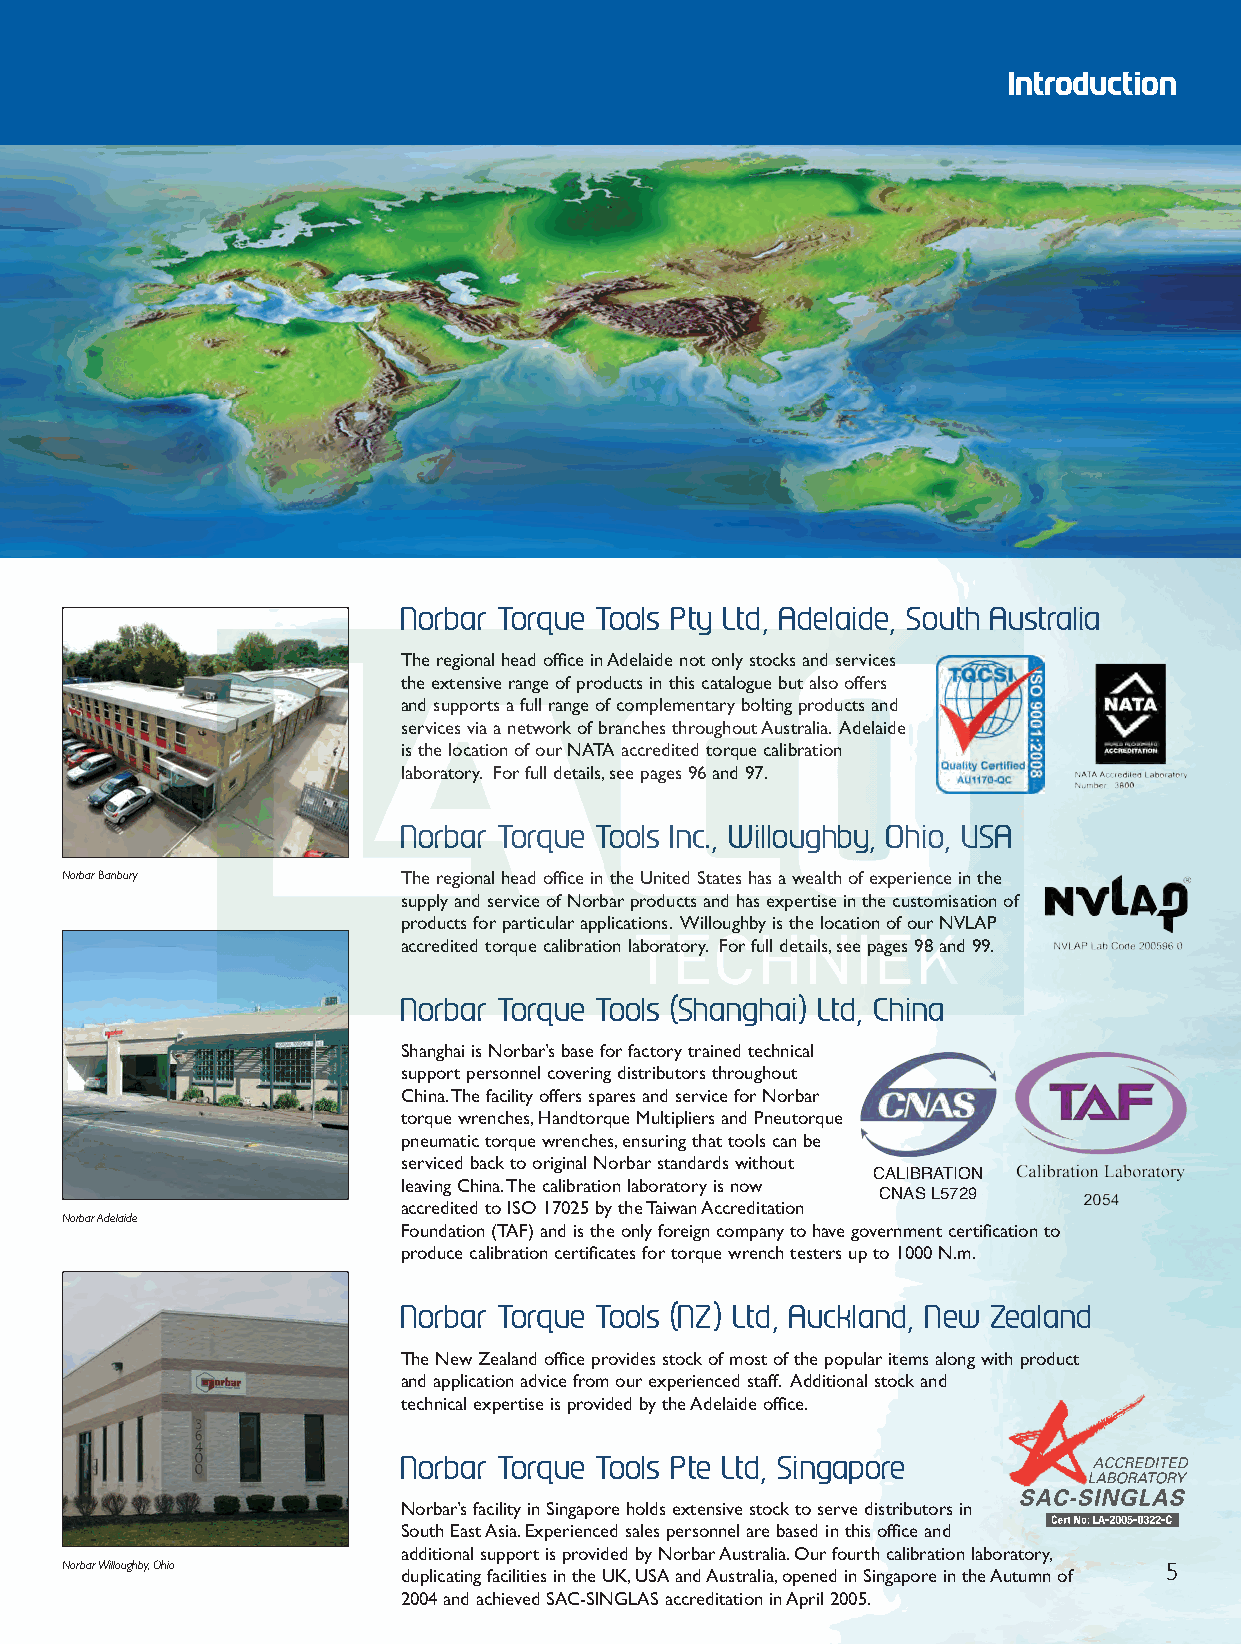
Front 2012 Q6.qxd 26/10/12 8:57 am Page 5
 Introduction
 Norbar Torque Tools Pty Ltd, Adelaide, South Australia
 The regional head office in Adelaide not only stocks and services
 the extensive range of products in this catalogue but also offers
 and supports a full range of complementary bolting products and
 services via a network of branches throughout Australia. Adelaide
 is the location of our NATA accredited torque calibration
 laboratory. For full details,see pages 96 and 97.
 Norbar Torque Tools Inc., Willoughby, Ohio, USA
 Norbar Banbury        The regional head office in the United States has a wealth of experience in the
 supply and service of Norbar products and has expertise in the customisation of
 products for particular applications. Willoughby is the location of our NVLAP
 accredited torque calibration laboratory. For full details,see pages 98 and 99.
 Norbar Torque Tools (Shanghai) Ltd, China
 Shanghai is Norbar’s base for factory trained technical
 support personnel covering distributors throughout
 China.The facility offers spares and service for Norbar
 torque wrenches,Handtorque Multipliers and Pneutorque
 pneumatic torque wrenches,ensuring that tools can be
 serviced back to original Norbar standards without
 CALIBRATION
 leaving China.The calibration laboratory is now
 CNAS L5729
 accredited to ISO 17025 by the Taiwan Accreditation
 Norbar Adelaide
 Foundation (TAF) and is the only foreign company to have government certification to
 produce calibration certificates for torque wrench testers up to 1000 N.m.
 Norbar Torque Tools (NZ) Ltd, Auckland, New Zealand
 The New Zealand office provides stock of most of the popular items along with product
 and application advice from our experienced staff. Additional stock and
 technical expertise is provided by the Adelaide office.
 Norbar Torque Tools Pte Ltd, Singapore
 Norbar’s facility in Singapore holds extensive stock to serve distributors in
 South East Asia.Experienced sales personnel are based in this office and
 additional support is provided by Norbar Australia.Our fourth calibration laboratory,
 Norbar Willoughby,Ohio                                                   5
 duplicating facilities in the UK,USA and Australia,opened in Singapore in the Autumn of
 2004 and achieved SAC-SINGLAS accreditation in April 2005.